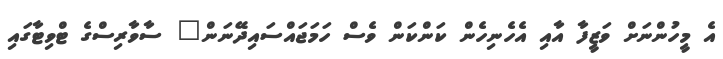
އެ މީހުންނަށް ވަޒީފާ އާއި އެހެނިހެން ކަންކަން ވެސް ހަމަަޖައްސައިދޭނަން" ސާވާރިސްގެ ޓްވިޓާގައި